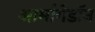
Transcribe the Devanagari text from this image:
आर्मागेडॉन